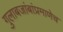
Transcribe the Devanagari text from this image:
गुलाबजांबांप्रमाणेच